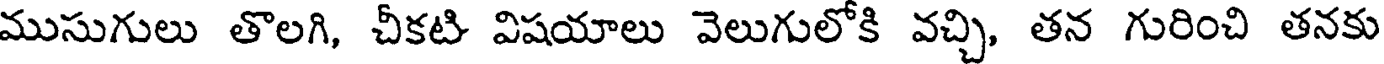
ముసుగులు తొలగి, చీకటి విషయాలు వెలుగులోకి వచ్చి, తన గురించి తనకు